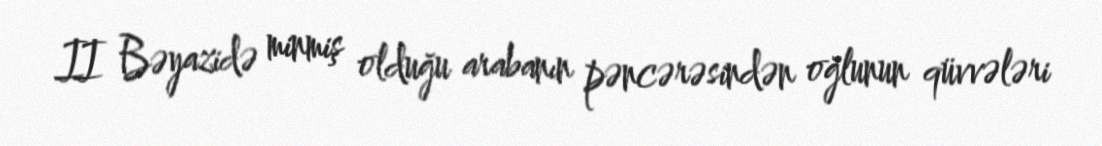
II Bəyazidə minmiş olduğu arabanın pəncərəsindən oğlunun qüvvələri